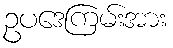
ဥပဒေကြမ်းအား